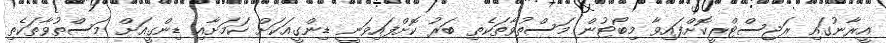
އީރާނުގައި ރަޖިސްޓްރީކޮށްފައިވާ މިބޯޓުން މަސްތުވާތަކެތި ބަރު ކޮށްފައިވަނީ ޑިންގީއަކަށް ކަމަށާއި ޑިންގީއަށް މަސްތުވާތަކެތި